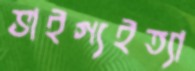
ভাইগ্যইত্যা